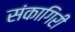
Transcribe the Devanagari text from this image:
संकागिरी